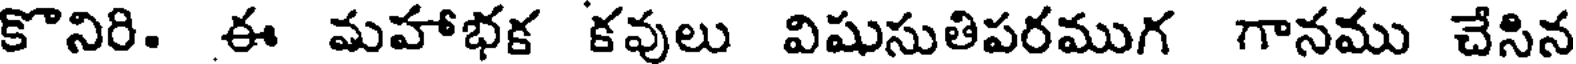
కొనిరి. ఈ మహాభక కవులు విషుసుతిపరముగ గానము చేసిన